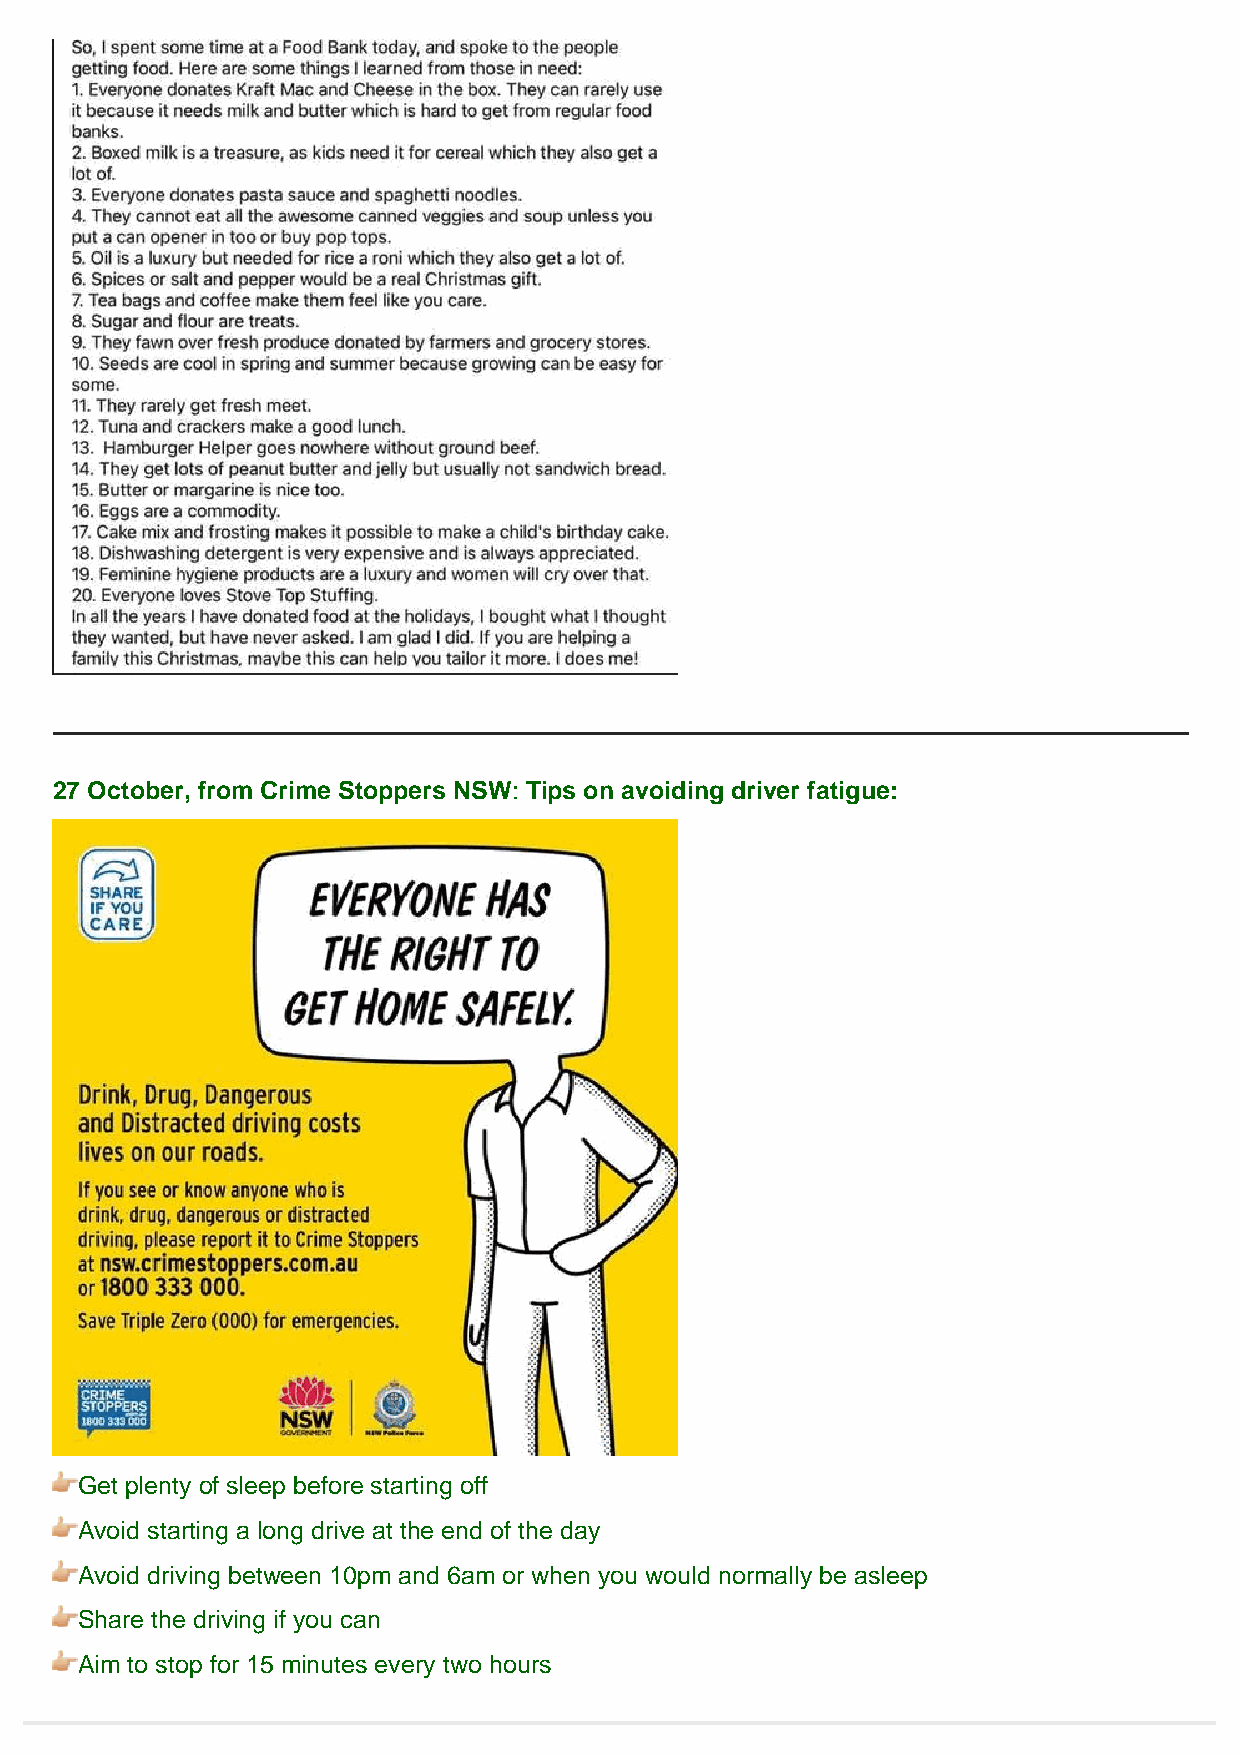
27 October, from Crime Stoppers NSW: Tips on avoiding driver fatigue:
 Get plenty of sleep before starting off
 Avoid starting a long drive at the end of the day
 Avoid driving between 10pm and 6am or when you would normally be asleep
 Share the driving if you can
 Aim to stop for 15 minutes every two hours